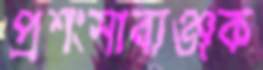
প্রশংসাব্যঞ্জক